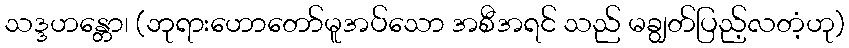
သဒ္ဒဟန္တော၊ (ဘုရားဟောတော်မူအပ်သော အစီအရင် သည် မချွတ်ပြည့်လတံ့ဟု)